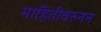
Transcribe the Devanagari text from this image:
माहितीवरुनन